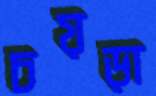
চয়ড়া